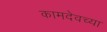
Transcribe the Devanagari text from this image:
कामदेवच्या